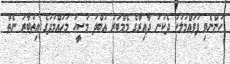
ހުންނެވި ފުވައްމުލަކު ދެކުނު ދާއިރާގެ މެމްބަރު އަބްދު މަސީހު މުހައްމަދުގެ އިތުބާރު ނެތް